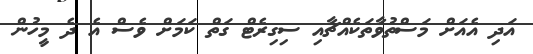
އަދި އެއަށް މަސްތުވާތަކެއްޗާއި ސިގިރެޓް ގަތް ކަމަށް ވެސް އެ ދެ މީހުން